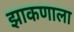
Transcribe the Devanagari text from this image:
झाकणाला